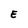
Character: E